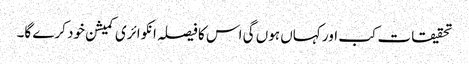
تحقیقات کب اور کہاں ہوں گی اس کا فیصلہ انکوائری کمیشن خود کرے گا۔